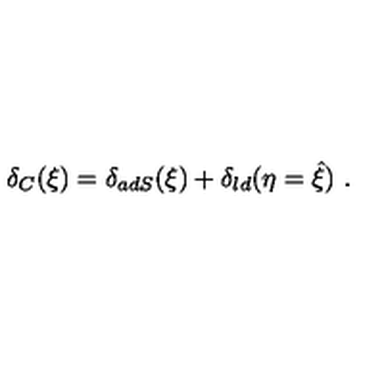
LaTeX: \delta _ { C } ( \xi ) = \delta _ { a d S } ( \xi ) + \delta _ { l d } ( \eta = \hat { \xi } ) \ .